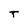
Character: T